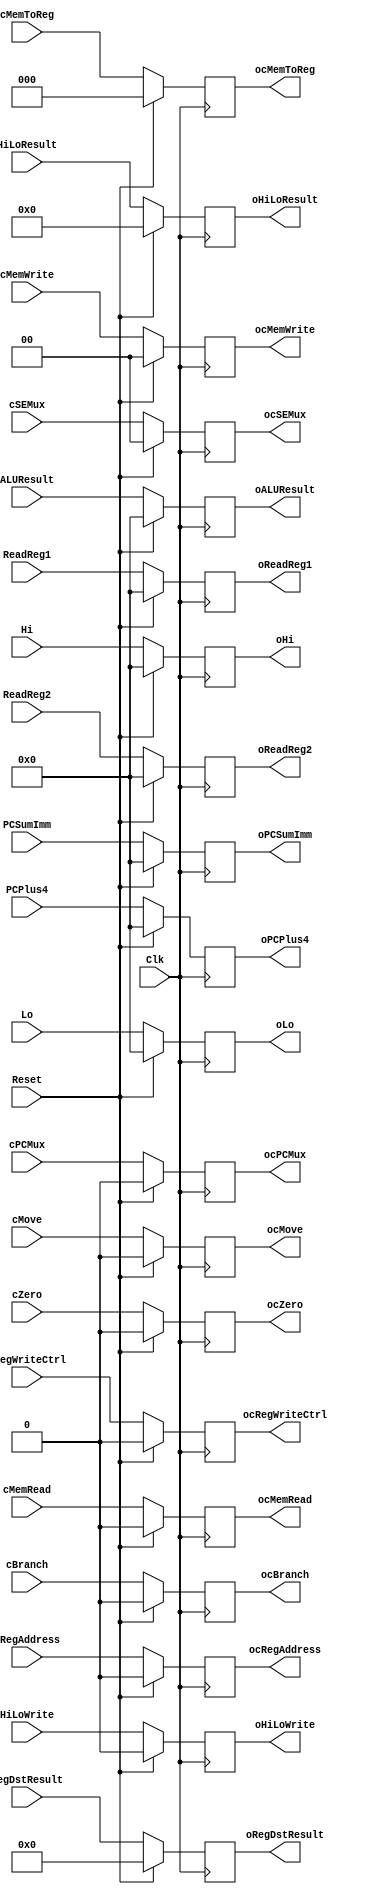
`timescale 1ns / 1ps
//////////////////////////////////////////////////////////////////////////////////
// Company: 
// Engineer: 
// 
// Design Name: 
// Module Name: EX_MEM_REG_V2
// Project Name: 
// Target Devices: 
// Tool Versions: 
// Description: 
// 
// Dependencies: 
// 
// Revision:
// Revision 0.01 - File Created
// Additional Comments:
// 
//////////////////////////////////////////////////////////////////////////////////


module EX_MEM_REG_V2(Clk, Reset,
                     cBranch, cPCMux, cMemWrite, cMemRead,
                     cMove, cRegWriteCtrl, cMemToReg, cSEMux, cRegAddress,
                     cZero,
                     PCPlus4, PCSumImm, HiLoResult, ALUResult, Hi, Lo,
                     ReadReg1, ReadReg2, RegDstResult,
                     HiLoWrite,
                     
                     ocBranch, ocPCMux, ocMemWrite, ocMemRead,
                     ocMove, ocRegWriteCtrl, ocMemToReg, ocSEMux, ocRegAddress,
                     ocZero,
                     oPCPlus4, oPCSumImm, oHiLoResult, oALUResult, oHi, oLo,
                     oReadReg1, oReadReg2, oRegDstResult,
                     oHiLoWrite);

input Clk, Reset;
   
input cBranch, cPCMux, cMemRead;
input [1:0] cMemWrite;

input cMove, cRegWriteCtrl, cRegAddress;
input [2:0] cMemToReg;
input [1:0] cSEMux;

input cZero, HiLoWrite;

input [31:0] PCPlus4, PCSumImm, ALUResult, Hi, Lo, ReadReg1, ReadReg2;
input [63:0] HiLoResult;
input [4:0] RegDstResult;

output reg ocBranch, ocPCMux, ocMemRead;
output reg [1:0] ocMemWrite;

output reg ocMove, ocRegWriteCtrl, ocRegAddress;
output reg [2:0] ocMemToReg;
output reg [1:0] ocSEMux;

output reg ocZero, oHiLoWrite;

output reg [31:0] oPCPlus4, oPCSumImm, oALUResult, oHi, oLo, oReadReg1, oReadReg2;
output reg [63:0] oHiLoResult;
output reg [4:0] oRegDstResult;
 
               
initial begin
ocBranch = 0;
ocPCMux = 0;
ocMemWrite = 0;
ocMemRead = 0;

ocMove = 0;
ocRegWriteCtrl = 0; 
ocMemToReg = 0;
ocSEMux = 0;
ocRegAddress = 0;

ocZero = 0;
oHiLoWrite = 0;

oPCPlus4 = 0;
oPCSumImm = 0;
oALUResult = 0;
oReadReg1 = 0;
oReadReg2 = 0;
oHi = 0;
oLo = 0;
oHiLoResult = 0;
oRegDstResult = 0;
end

always @(posedge Clk) begin
if (Reset == 1) begin
ocBranch = 0;
ocPCMux = 0;
ocMemWrite = 0;
ocMemRead = 0;

ocMove = 0;
ocRegWriteCtrl = 0; 
ocMemToReg = 0;
ocSEMux = 0;
ocRegAddress = 0;

ocZero = 0;
oHiLoWrite = 0;

oPCPlus4 = 0;
oPCSumImm = 0;
oALUResult = 0;
oReadReg1 = 0;
oReadReg2 = 0;
oHi = 0;
oLo = 0;
oHiLoResult = 0;
oRegDstResult = 0;

end
else begin
ocBranch = cBranch;
ocPCMux = cPCMux;
ocMemWrite = cMemWrite;
ocMemRead = cMemRead;

ocMove = cMove;
ocRegWriteCtrl = cRegWriteCtrl; 
ocMemToReg = cMemToReg;
ocSEMux = cSEMux;
ocRegAddress = cRegAddress;

ocZero = cZero;
oHiLoWrite = HiLoWrite;

oPCPlus4 = PCPlus4;
oPCSumImm = PCSumImm;
oALUResult = ALUResult;
oReadReg1 = ReadReg1;
oReadReg2 = ReadReg2;
oHi = Hi;
oLo = Lo;
oHiLoResult = HiLoResult;
oRegDstResult = RegDstResult;
end
end                
                     
                     
                     
endmodule